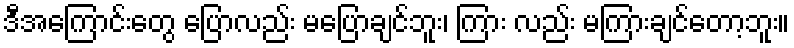
ဒီအကြောင်းတွေ ပြောလည်း မပြောချင်ဘူး၊ ကြား လည်း မကြားချင်တော့ဘူး။